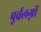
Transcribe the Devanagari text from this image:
पूर्वलग्नों